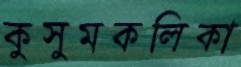
কুসুমকলিকা